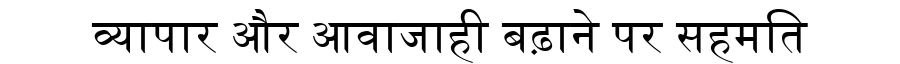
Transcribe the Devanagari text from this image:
व्यापार और आवाजाही बढ़ाने पर सहमति